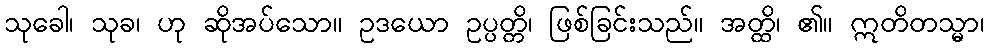
သုခေါ၊ သုခ၊ ဟု ဆိုအပ်သော။ ဥဒယော ဥပ္ပတ္တိ၊ ဖြစ်ခြင်းသည်။ အတ္ထိ၊ ၏။ ဣတိတသ္မာ၊